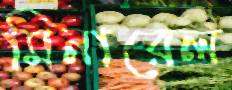
মিনারেল